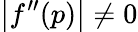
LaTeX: \left|f^{\prime\prime}(p)\right|\neq 0